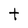
Character: t